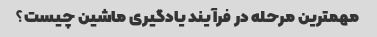
مهمترین مرحله در فرآیند یادگیری ماشین چیست؟